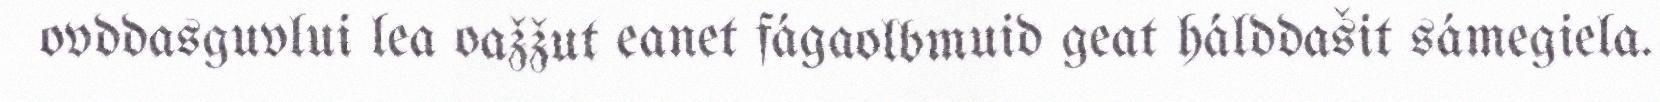
ovddasguvlui lea oažžut eanet fágaolbmuid geat hálddašit sámegiela.